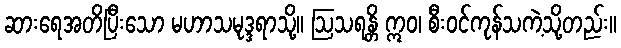
ဆားရေအတိပြီးသော မဟာသမုဒ္ဒရာသို့။ ဩသရန္တိ ဣဝ၊ စီးဝင်ကုန်သကဲ့သို့တည်း။